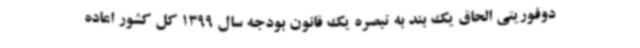
دوفوریتی الحاق یک بند به تبصره یک قانون بودجه سال 1399 کل کشور اعاده